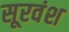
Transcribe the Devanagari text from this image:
सूरवंश